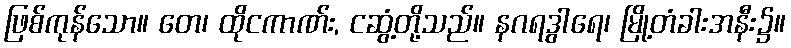
ဖြစ်ကုန်သော။ တေ၊ ထိုငကာဏ်း, ငဆွံ့တို့သည်။ နဂရဒွါရေ၊ မြို့တံခါးအနီး၌။